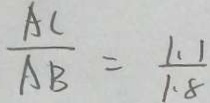
\frac { A C } { A B } = \frac { 1 . 1 } { 1 . 8 }